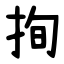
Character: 㧦